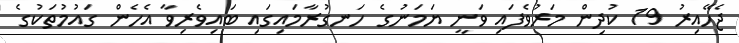
ޖެހޭއިރު 19 ކުދިން މަރުވެފައި ވަނީ ޔަމަނުގެ ހަނގުރާމައިގައި ބައިވެރިވާ އެހެން ގައުމުތަކުގެ